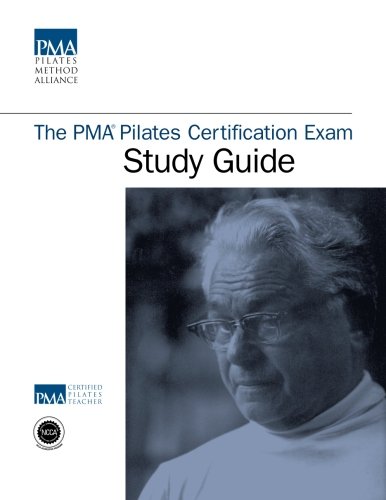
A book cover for The PMA Pilates Certification Exam Study Guide; Deborah Lessen; Health, Fitness & Dieting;